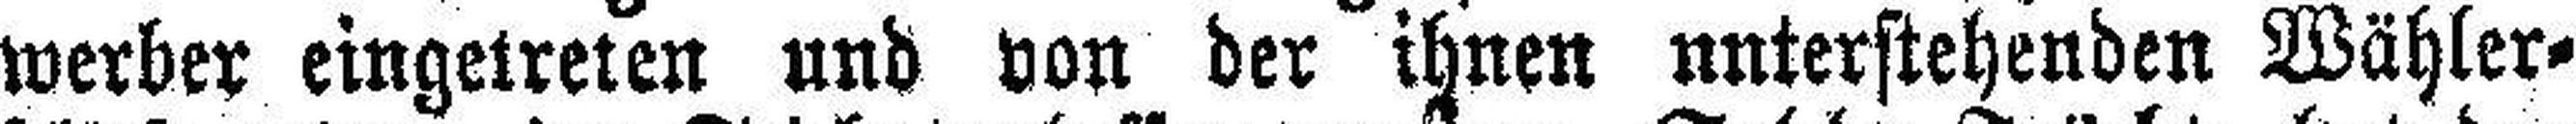
werber eingetreten und von der ihnen unterstehenden Wähler¬